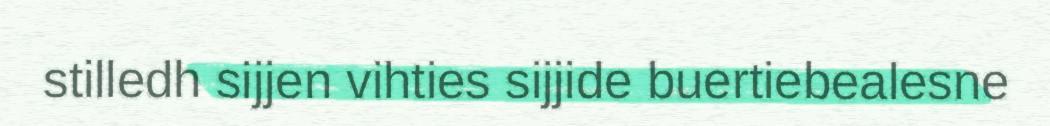
stilledh sijjen vihties sijjide buertiebealesne